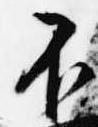
不